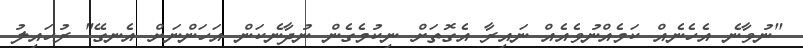
"ނުވާނެ އެހެނެއް ކަމެއްނުވެއެއް ނައިރާ އެގޮތަށް ނިކުމެގެން ނުދާނެކަން އަހަންނަށް އެނގޭ" ރުހައިލު